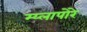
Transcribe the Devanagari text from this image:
म्य्लापोरे